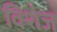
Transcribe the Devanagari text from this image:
विशेज